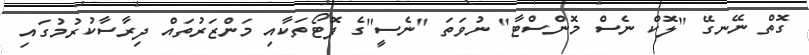
ގޮތް ނޭނގޭ "ލޮކް ނެސް މޮންސްޓާ" ނުވަތަ "ނެސީ"ގެ ފޮޓޯތަކާއި މަންޒަރުތައް ދިރާސާކުރުމުގައި